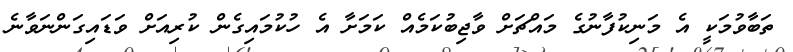
ތަބާވުމަކީ އެ މަނިކުފާނުގެ މައްޗަށް ވާޖިބުކަމެއް ކަމަށާ އެ ހުކުމައިގެން ކުރިއަށް ވަޑައިގަންނަވާނެ